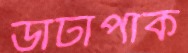
ডাটাপার্ক